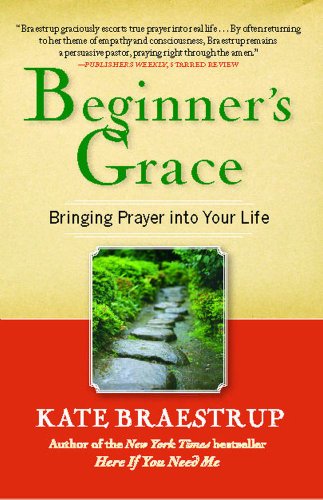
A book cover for Beginner's Grace: Bringing Prayer to Life; Kate Braestrup; Religion & Spirituality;